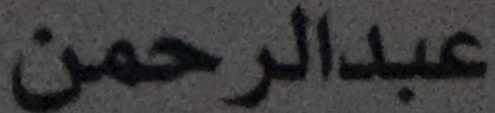
عبدالرحمن